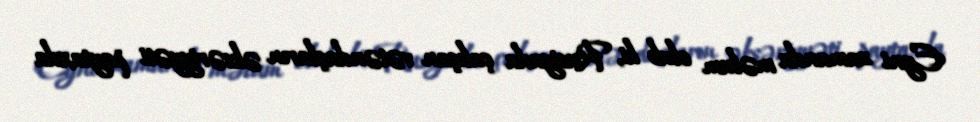
Eyni zamanda məlum olub ki, Rusiyada çalışan vətəndaşların əksəriyyəti paytaxda